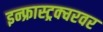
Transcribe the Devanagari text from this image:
इन्फ्रास्ट्रक्चरवर